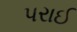
પરાઈ